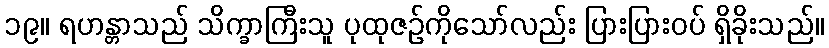
၁၉။ ရဟန္တာသည် သိက္ခာကြီးသူ ပုထုဇဉ်ကိုသော်လည်း ပြားပြားဝပ် ရှိခိုးသည်။